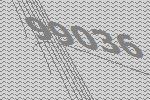
99036